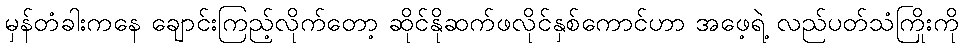
မှန်တံခါးကနေ ချောင်းကြည့်လိုက်တော့ ဆိုင်နိုဆက်ဖလိုင်နှစ်ကောင်ဟာ အဖေ့ရဲ့ လည်ပတ်သံကြိုးကို